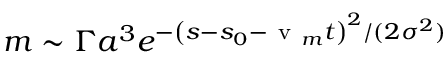
m \sim \Gamma a ^ { 3 } e ^ { - \left( s - s _ { 0 } - \mathrm { ~ v ~ } _ { m } t \right) ^ { 2 } / ( 2 \sigma ^ { 2 } ) }